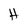
Character: H